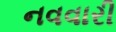
નવવારી